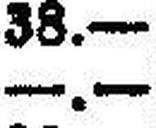
—.—